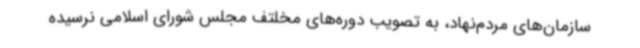
سازمان‌های مردم‌نهاد، به تصویب دوره‌های مخلتف مجلس شورای اسلامی نرسیده